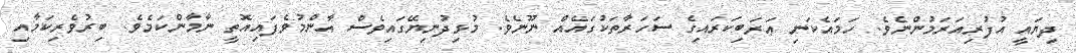
ދިޔައީ އުފުރިއަރަމުންނެވެ. ހަމައެކަނި ޢަރަބިކަރައިގެ ސަހަރާތަކުގައެއް ނޫނެވެ. މުޅިދުނިޔޭގައިވެސް އާންމުވެފައިއޮތީ ނާމާންކަމެވެ. ބިރުވެރިކަމާއި